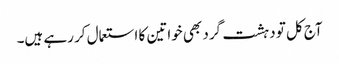
آج کل تو دہشت گرد بھی خواتین کا استعمال کر رہے ہیں۔